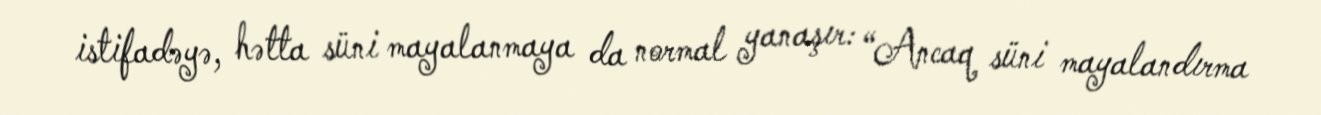
istifadəyə, hətta süni mayalanmaya da normal yanaşır: “Ancaq süni mayalandırma